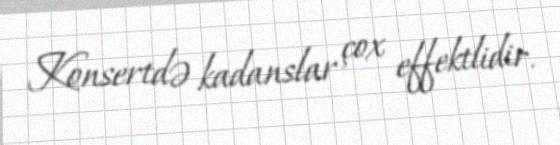
Konsertdə kadanslar çox effektlidir.